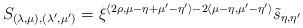
LaTeX: \begin{align*} S_{(\lambda,\mu),(\lambda',\mu')}=\xi^{\langle 2\rho,\mu-\eta+\mu'-\eta'\rangle-2\langle\mu-\eta,\mu'-\eta'\rangle}\tilde{s}_{\eta,\eta'} \end{align*}